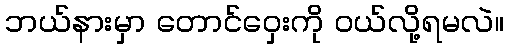
ဘယ်နားမှာ တောင်ဝှေးကို ဝယ်လို့ရမလဲ။